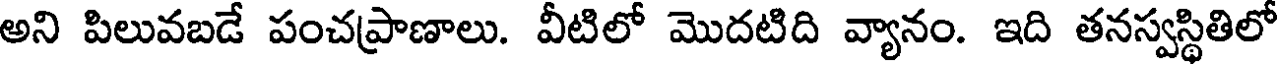
అని పిలువబడే పంచప్రాణాలు. వీటిలో మొదటిది వ్యానం. ఇది తనస్వస్థితిలో